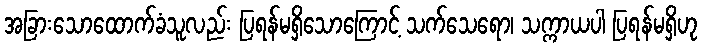
အခြားသောထောက်ခံသူလည်း ပြရန်မရှိသောကြောင့် သက်သေရော၊ သက္ကာယပါ ပြရန်မရှိဟု